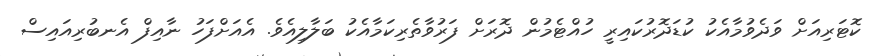
ކޮޓަރިއަށް ވަދެވުމާއެކު ކުޑަދޮރުކައިރީ ހުއްޓެމުން ދޮރަށް ފަރުވާތެރިކަމާއެކު ބަލާލިއެވެ. އެއަށްފަހު ނާއިފް އެނބުރިއައިސް